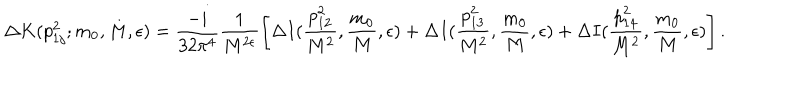
\Delta K ( p _ { 1 j } ^ { 2 } ; m _ { 0 } , M , \epsilon ) = \frac { - i } { 3 2 \pi ^ { 4 } } \frac { 1 } { M ^ { 2 \epsilon } } \left[ \Delta I ( \frac { p _ { 1 2 } ^ { 2 } } { M ^ { 2 } } , \frac { m _ { 0 } } { M } , \epsilon ) + \Delta I ( \frac { p _ { 1 3 } ^ { 2 } } { M ^ { 2 } } , \frac { m _ { 0 } } { M } , \epsilon ) + \Delta I ( \frac { p _ { 1 4 } ^ { 2 } } { M ^ { 2 } } , \frac { m _ { 0 } } { M } , \epsilon ) \right] .